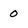
Character: 0